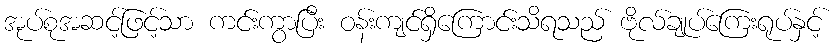
အုပ်စုအဆင့်ဖြင့်သာ ကင်းကွာပြီး ဝန်းကျင်ရှိကြောင်းသိရသည် ဗိုလ်ချုပ်ကြေးရုပ်နှင့်